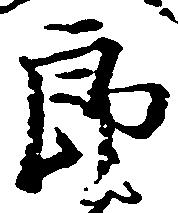
郎